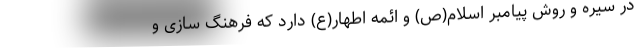
در سیره و روش پیامبر اسلام(ص) و ائمه اطهار(ع) دارد که فرهنگ سازی و